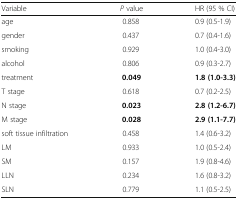
<table><thead><tr><td><b>Variable</b></td><td><b><i>P</i> value</b></td><td><b>HR (95 % CI)</b></td></tr></thead><tbody><tr><td>age</td><td>0.858</td><td>0.9 (0.5-1.9)</td></tr><tr><td>gender</td><td>0.437</td><td>0.7 (0.4-1.6)</td></tr><tr><td>smoking</td><td>0.929</td><td>1.0 (0.4-3.0)</td></tr><tr><td>alcohol</td><td>0.806</td><td>0.9 (0.3-2.7)</td></tr><tr><td>treatment</td><td><b>0.049</b></td><td><b>1.8 (1.0-3.3)</b></td></tr><tr><td>T stage</td><td>0.618</td><td>0.7 (0.2-2.5)</td></tr><tr><td>N stage</td><td><b>0.023</b></td><td><b>2.8 (1.2-6.7)</b></td></tr><tr><td>M stage</td><td><b>0.028</b></td><td><b>2.9 (1.1-7.7)</b></td></tr><tr><td>soft tissue infiltration</td><td>0.458</td><td>1.4 (0.6-3.2)</td></tr><tr><td>LM</td><td>0.933</td><td>1.0 (0.5-2.4)</td></tr><tr><td>SM</td><td>0.157</td><td>1.9 (0.8-4.6)</td></tr><tr><td>LLN</td><td>0.234</td><td>1.6 (0.8-3.2)</td></tr><tr><td>SLN</td><td>0.779</td><td>1.1 (0.5-2.5)</td></tr></tbody></table>